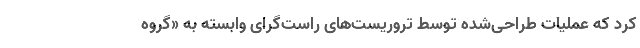
کرد که عملیات طراحی‌شده توسط تروریست‌های راست‌گرای وابسته به «گروه